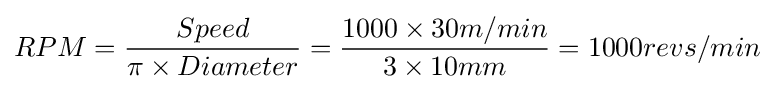
RPM={Speed \over \pi \times Diameter}={1000\times 30m/min \over 3\times 10mm}={1000revs/min}